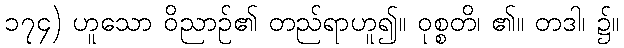
၁၇၄) ဟူသော ဝိညာဉ်၏ တည်ရာဟူ၍။ ဝုစ္စတိ၊ ၏။ တဒါ၊ ၌။